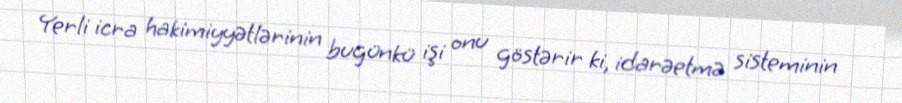
Yerli icra hakimiyyətlərinin bugünkü işi onu göstərir ki, idarəetmə sisteminin